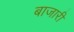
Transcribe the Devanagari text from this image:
बाजारीं